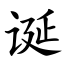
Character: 诞